Lunatic asylums Madras 1877-1891 - 1877-1891
Year: 1877
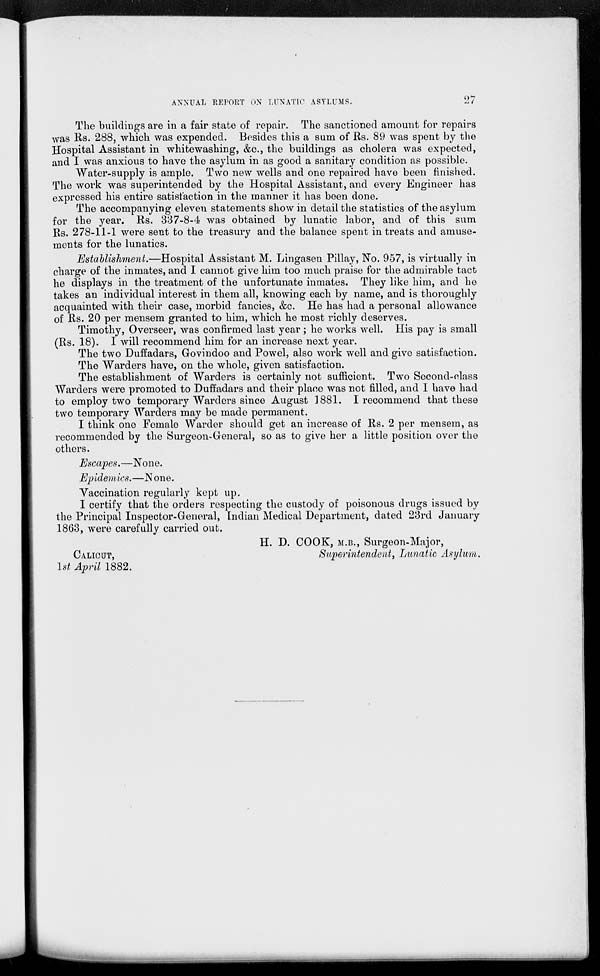
ANNUAL REPORT ON LUNATIC ASYLUMS.
27
The buildings are in a fair state of repair. The sanctioned amount for repairs
was Rs. 288, which was expended. Besides this a sum of Rs. 89 was spent by the
Hospital Assistant in whitewashing, &c., the buildings as cholera was expected,
and I was anxious to have the asylum in as good a sanitary condition as possible.
Water-supply is ample. Two new wells and one repaired have been finished.
The work was superintended by the Hospital Assistant, and every Engineer has
expressed his entire satisfaction in the manner it has been done.
The accompanying eleven statements show in detail the statistics of the asylum
for the year. Rs. 337-8-4 was obtained by lunatic labor, and of this sum
Rs. 278-11-1 were sent to the treasury and the balance spent in treats and amuse-
ments for the lunatics.
Establishment.—Hospital Assistant M. Lingasen Pillay, No. 957, is virtually in
charge of the inmates, and I cannot give him too much praise for the admirable tact
he displays in the treatment of the unfortunate inmates. They like him, and he
takes an individual interest in them all, knowing each by name, and is thoroughly
acquainted with their case, morbid fancies, &c. He has had a personal allowance
of Rs. 20 per mensem granted to him, which he most richly deserves.
Timothy, Overseer, was confirmed last year ; he works well. His pay is small
(Rs. 18). I will recommend him for an increase next year.
The two Duffadars, Govindoo and Powel, also work well and give satisfaction.
The Warders have, on the whole, given satisfaction.
The establishment of Warders is certainly not sufficient. Two Second-class
Warders were promoted to Duffadars and their place was not filled, and I have had
to employ two temporary Warders since August 1881. I recommend that these
two temporary Warders may be made permanent.
I think one Female Warder should get an increase of Rs. 2 per mensem, as
recommended by the Surgeon-General, so as to give her a little position over the
others.
Escapes.—None.
Epidemics.—None.
Vaccination regularly kept up.
I certify that the orders respecting the custody of poisonous drugs issued by
the Principal Inspector-General, Indian Medical Department, dated 23rd January
1863, were carefully carried out.
H. D. COOK, M.B., Surgeon-Major,
CALICUT,
Superintendent, Lunatic Asylum.
1st April 1882.